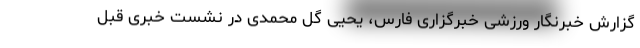
گزارش خبرنگار ورزشی خبرگزاری فارس،‌ یحیی گل محمدی در نشست خبری قبل